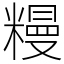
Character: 䊡